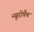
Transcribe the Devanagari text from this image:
न्यूरोपैथ